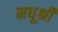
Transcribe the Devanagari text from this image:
मधूश्री